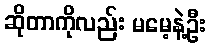
ဆိုတာကိုလည်း မမေ့နဲ့ဦး